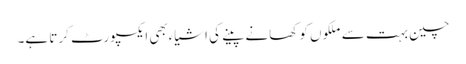
چین بہت سے ملکوں کو کھانے پینے کی اشیاءبھی ایکسپورٹ کرتا ہے۔